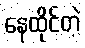
နေထိုင်တဲ့